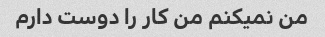
من نمیکنم من کار را دوست دارم